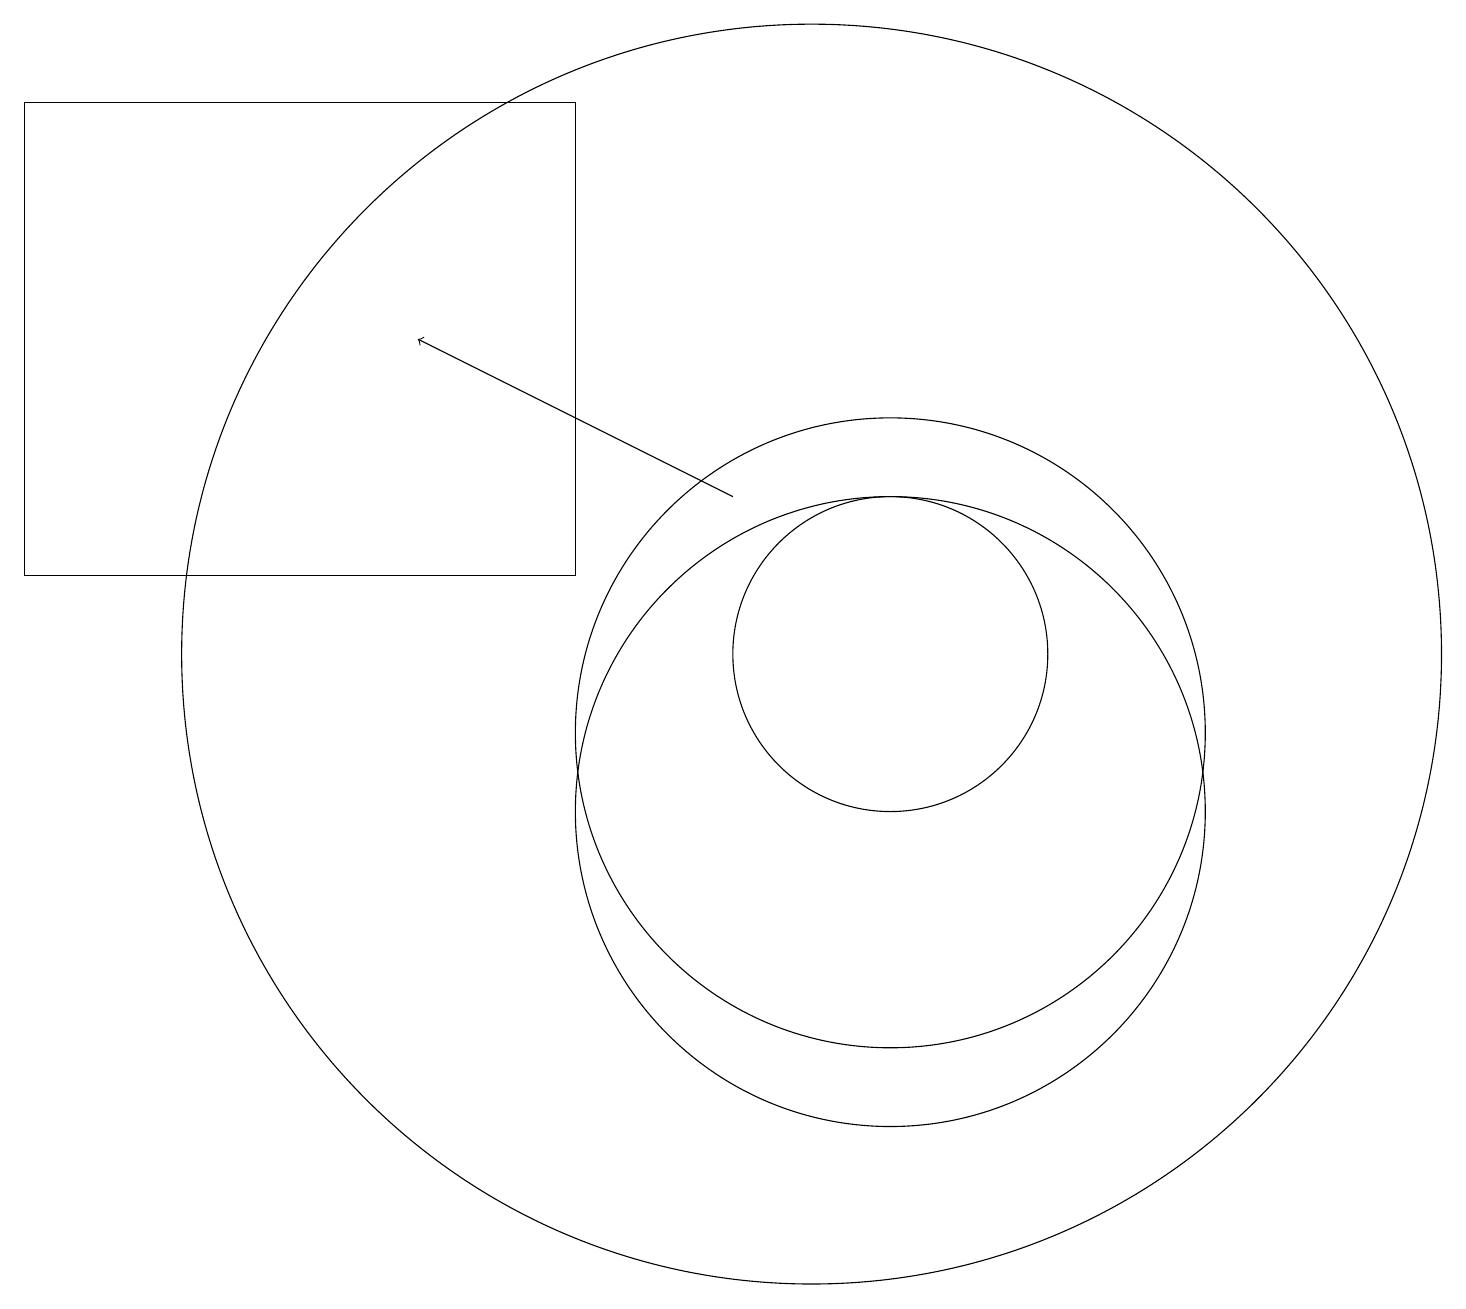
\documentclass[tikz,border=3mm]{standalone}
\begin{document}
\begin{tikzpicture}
\draw (11,12) circle (2);
\draw (10,12) circle (8);
\draw (7,19) rectangle (0,13);
\draw (11,10) circle (4);
\draw[->] (9,14) -- (5,16);
\draw (11,11) circle (4);
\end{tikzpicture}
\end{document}